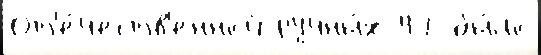
От'е́честв'енной ручны́х 47 бы́ло